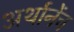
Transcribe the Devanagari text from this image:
अर्थानेंच